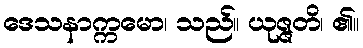
ဒေသနာက္ကမော၊ သည်။ ယုဇ္ဇတိ၊ ၏။